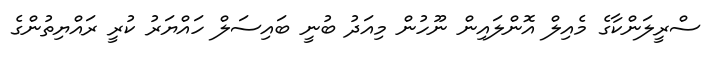
ސްރީލަންކާގެ މެއިލް އޮންލައިން ނޫހުން މިއަދު ބުނީ ބައިސަލް ހައްޔަރު ކުރީ ރައްޔިތުންގެ